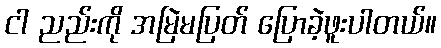
ငါ ညည်းကို အမြဲမပြတ် ပြောခဲ့ဖူးပါတယ်။